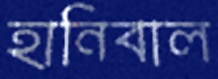
হানিবাল